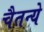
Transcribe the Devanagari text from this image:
चैतन्ये